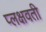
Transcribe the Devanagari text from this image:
प्लक्षवती